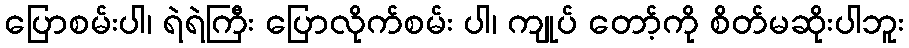
ပြောစမ်းပါ၊ ရဲရဲကြီး ပြောလိုက်စမ်း ပါ၊ ကျုပ် တော့်ကို စိတ်မဆိုးပါဘူး